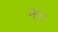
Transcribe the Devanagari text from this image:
न।।